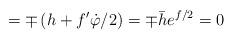
LaTeX: \begin{align*}=\mp \left( h+f^{\prime }\dot \varphi /2\right) =\mp \bar he^{f/2}=0\end{align*}